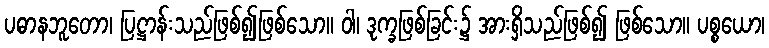
ပဓာနဘူတော၊ ပြဋ္ဌာန်းသည်ဖြစ်၍ဖြစ်သော။ ဝါ၊ ဒုက္ခဖြစ်ခြင်း၌ အားရှိသည်ဖြစ်၍ ဖြစ်သော။ ပစ္စယော၊